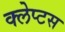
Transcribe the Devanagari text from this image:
क्लेप्टस